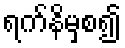
ရက်နိမှစ၍